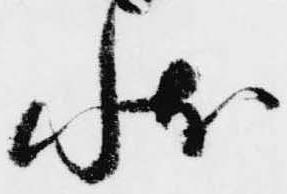
状